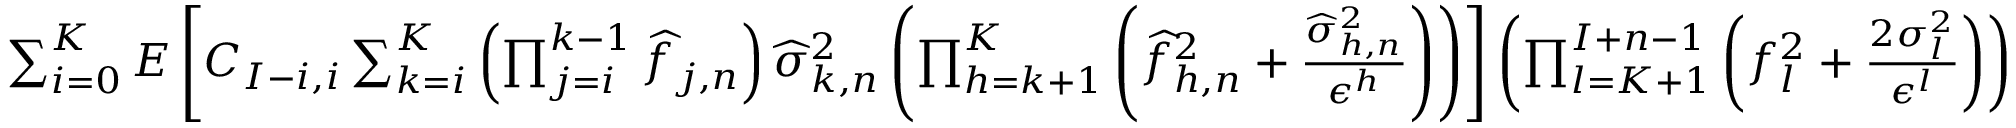
\begin{array} { r } { \sum _ { i = 0 } ^ { K } E \left[ C _ { I - i , i } \sum _ { k = i } ^ { K } \left( \prod _ { j = i } ^ { k - 1 } \widehat { f } _ { j , n } \right) \widehat \sigma _ { k , n } ^ { 2 } \left( \prod _ { h = k + 1 } ^ { K } \left( \widehat { f } _ { h , n } ^ { 2 } + \frac { \widehat \sigma _ { h , n } ^ { 2 } } { \epsilon ^ { h } } \right) \right) \right] \left( \prod _ { l = K + 1 } ^ { I + n - 1 } \left( f _ { l } ^ { 2 } + \frac { 2 \sigma _ { l } ^ { 2 } } { \epsilon ^ { l } } \right) \right) } \end{array}